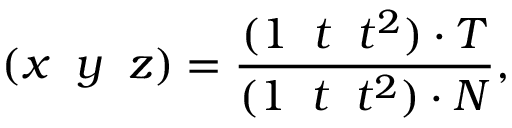
( x \; \; y \; \; z ) = \frac { ( 1 \; \; t \; \; t ^ { 2 } ) \cdot T } { ( 1 \; \; t \; \; t ^ { 2 } ) \cdot N } ,